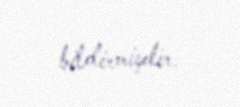
bildirmişdir.